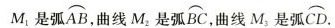
M_{1}是弧\stackrel\frown{AB}，曲线M_{2}是弧\stackrel\frown{BC}，曲线M_{3}是弧\stackrel\frown{CD}.